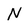
Character: N